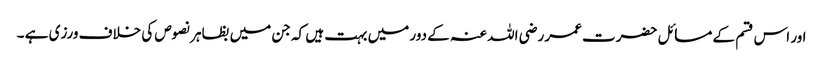
اور اس قسم کے مسائل حضرت عمر رضی اللہ عنہ کے دور میں بہت ہیں کہ جن میں بظاہر نصوص کی خلاف ورزی ہے ۔